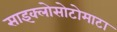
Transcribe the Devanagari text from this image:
साइक्लोसोटोमाटा